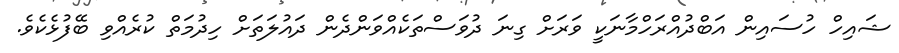
ޝައިހް ހުސައިން އަބްދުއްރަހްމާނަކީ ވަރަށް ގިނަ ދުވަސްތަކެއްވަންދެން ދައުލަތަށް ހިދުމަތް ކުރެއްވި ބޭފުޅެކެވެ.